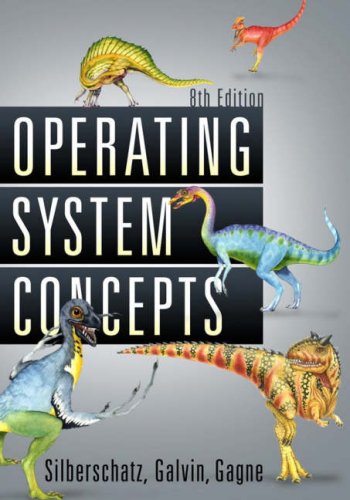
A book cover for Operating System Concepts; Abraham Silberschatz; Computers & Technology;